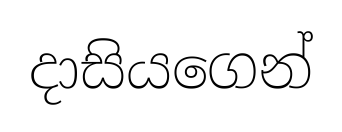
දාසියගෙන්